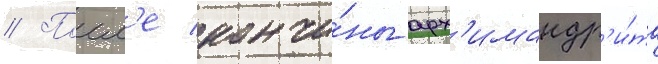
// Посл'е кончи́ны арх'имандр'и́та